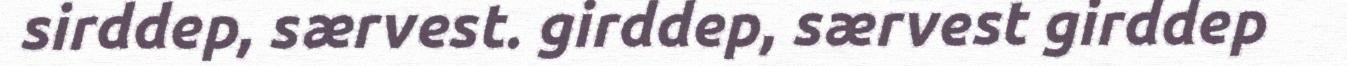
sirddep, særvest. girddep, særvest girddep